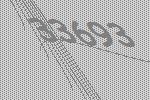
33693